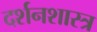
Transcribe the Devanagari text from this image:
दर्शनशास्‍त्र